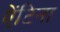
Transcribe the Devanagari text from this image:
ऐंटिना